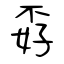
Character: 孬